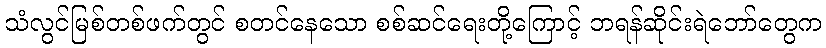
သံလွင်မြစ်တစ်ဖက်တွင် စတင်နေသော စစ်ဆင်ရေးတို့ကြောင့် ဘရန်ဆိုင်းရဲဘော်တွေက